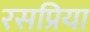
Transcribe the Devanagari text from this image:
रसप्रिया